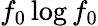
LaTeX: f_{0}\log f_{0}